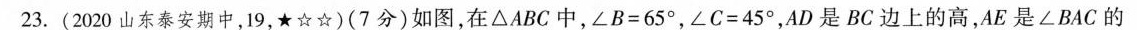
23.(2020山东泰安期中，19，★☆☆)(7分)如图，在\triangle ABC中，$$\angle